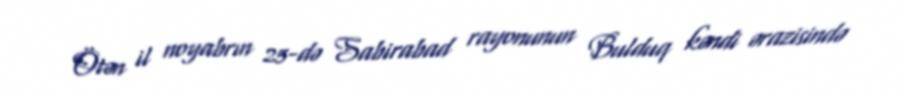
Ötən il noyabrın 25-də Sabirabad rayonunun Bulduq kəndi ərazisində